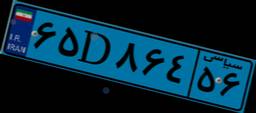
۵۵D۴۱۴۰۰